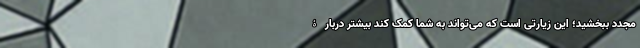
مجدد ببخشید؛ این زیارتی است که می‌تواند به شما کمک کند بیشتر دربارۀ